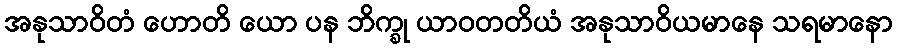
အနုသာဝိတံ ဟောတိ ယော ပန ဘိက္ခု ယာဝတတိယံ အနုသာဝိယမာနေ သရမာနော